Insane asylums in Bengal annual reports 1867-1875 - 1867-1875
Year: 1867
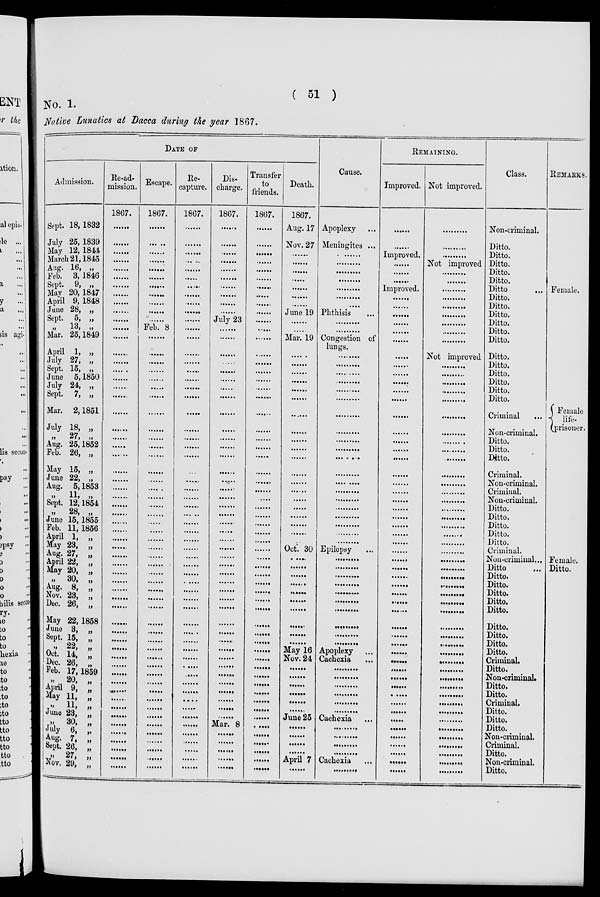
( 51 )
No. 1.
Native Lunatics at Dacca during the year 1867.
DATE OF
Admission.
Sept. 18, 1832
July 25, 1839
May 12, 1844
March 21, 1845
Aug. 16, „
Feb. 3, 1846
Sept. 9, „
May 20, 1847
April 9, 1848
June 28, „
Sept. 5, „
„ 13, „
Mar. 25, 1849
April 1, „
July 27, „
Sept. 15, „
June 5, 1850
July 24, „
Sept. 7, „
Mar. 2, 1851
July 18, „
„
27,
„
Aug. 25, 1852
Feb. 26, „
May 15, „
June 22, „
Aug. 5, 1853
„ 11, „
Sept. 12, 1854
„
28,
„
June 15, 1855
Feb. 11, 1856
April 1, „
May 23, „
Aug. 27, „
April 22, „
May 20, „
„ 30,
„
Aug. 8, „
Nov. 23, „
Dec. 26, „
May 22, 1858
June 3, „
Sept. 15, „
„ 22, „
Oct. 14, „
Dec. 26, „
Feb. 17, 1859
„ 20, „
April 9, „
May 11, „
„
11, „
June 23, „
„ 30, „
July 6, „
Aug. 7, „
Sept. 26, „
„
27, „
Nov. 29, „
Re-ad-
mission.
1867.
......
......
......
......
......
......
......
......
......
......
......
......
......
......
......
......
......
......
......
......
......
......
......
......
......
......
......
......
......
......
......
......
......
......
......
......
......
......
......
......
......
......
......
......
......
......
......
......
......
......
......
......
......
......
......
......
......
......
......
Escape.
1867.
......
......
......
......
......
......
......
......
......
......
......
Feb. 8
......
......
......
......
......
......
......
......
......
......
......
......
......
......
......
......
......
......
......
......
......
......
......
......
......
......
......
......
......
......
......
......
......
......
......
......
......
......
......
......
......
......
......
......
......
......
......
Re-
capture.
1867.
......
......
......
......
......
......
......
......
......
......
......
......
......
......
......
......
......
......
......
......
......
......
......
......
......
......
......
......
......
......
......
......
......
......
......
......
......
......
......
......
......
......
......
......
......
......
......
......
......
......
......
......
......
......
......
......
......
......
......
Dis-
charge.
1867.
......
......
......
......
......
......
......
......
......
......
July 23
......
......
......
......
......
......
......
......
......
......
......
......
......
......
......
......
......
......
......
......
......
......
......
......
......
......
......
......
......
......
......
......
......
......
......
......
......
......
......
......
......
......
Mar. 8
......
......
......
......
......
Transfer
to
friends.
1867.
......
......
......
......
......
......
......
......
......
......
......
......
......
......
......
......
......
......
......
......
......
......
......
......
......
......
......
......
......
......
......
......
......
......
......
......
......
......
......
......
......
......
......
......
......
......
......
......
......
......
......
......
......
......
......
......
......
......
......
Death.
1867.
Aug. 17
Nov. 27
......
......
......
......
......
......
......
June 19
......
......
Mar. 19
......
......
......
......
......
......
......
......
......
......
......
......
......
......
......
......
......
......
......
......
Oct. 30
......
......
......
......
......
......
......
......
......
......
May 16
Nov. 24
......
......
......
......
......
......
June 25
......
......
......
......
April 7
......
Cause.
Apoplexy ...
Meningites ...
......
......
......
......
......
......
......
Phthisis
...
......
......
Congestion of
lungs.
......
......
......
......
......
......
......
......
......
......
......
......
......
......
......
......
......
......
......
......
Epilepsy ...
......
......
......
......
......
......
......
......
......
......
Apoplexy ...
Cachexia
...
......
......
......
......
......
......
Cachexia ...
......
......
......
......
Cachexia
...
.........
REMAINING.
Improved.
......
......
Improved.
......
......
......
Improved.
......
......
......
......
......
......
......
......
......
......
......
......
......
......
......
......
......
......
......
......
......
......
......
......
......
......
......
......
......
......
......
......
......
......
......
......
......
......
......
......
......
......
......
......
......
......
......
......
......
......
......
......
Not improved.
.........
.........
.........
Not improved
.........
.........
.........
.........
.........
.........
.........
.........
.........
Not improved
.........
.........
.........
.........
.........
.........
.........
.........
.........
.........
.........
.........
.........
.........
.........
.........
.........
.........
.........
.........
.........
.........
.........
.........
.........
.........
.........
.........
.........
.........
.........
.........
.........
.........
.........
.........
.........
.........
.........
.........
.........
.........
.........
.........
.........
Class.
Non-criminal.
Ditto.
Ditto.
Ditto.
Ditto.
Ditto.
Ditto
...
Ditto.
Ditto.
Ditto.
Ditto.
Ditto.
Ditto.
Ditto.
Ditto.
Ditto.
Ditto.
Ditto.
Ditto.
Criminal
...
Non-criminal.
Ditto.
Ditto.
Ditto.
Criminal.
Non-criminal.
Criminal.
Non-criminal.
Ditto.
Ditto.
Ditto.
Ditto.
Ditto.
Criminal.
Non-criminal...
Ditto
...
Ditto.
Ditto.
Ditto.
Ditto.
Ditto.
Ditto.
Ditto.
Ditto.
Ditto.
Criminal.
Ditto.
Non-criminal.
Ditto.
Ditto.
Criminal.
Ditto.
Ditto.
Ditto.
Non-criminal.
Criminal.
Ditto.
Non-criminal.
Ditto.
REMARKS.
Female.
Female
life-
prisoner.
Female.
Ditto.